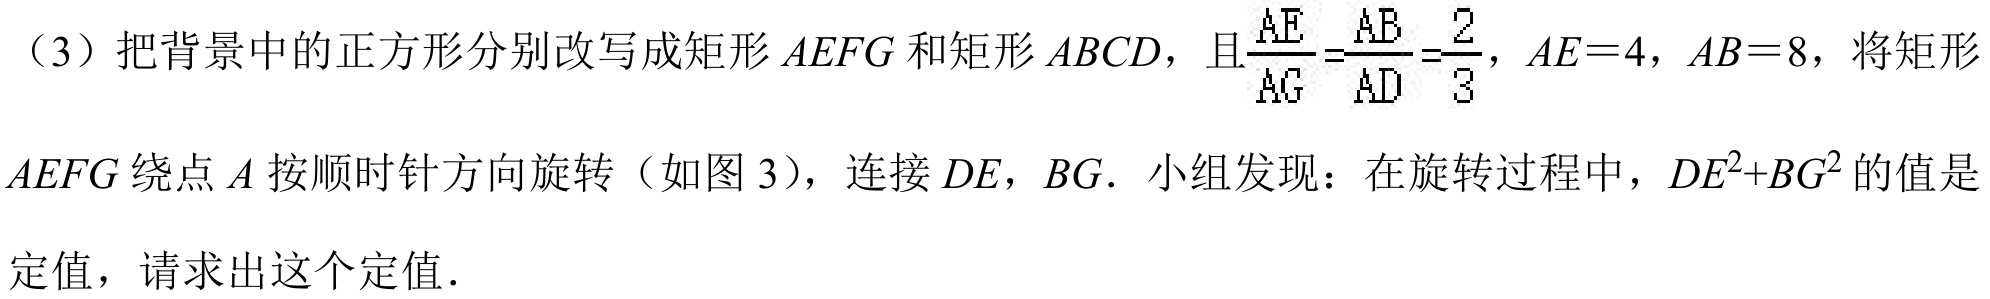
（3）把背景中的正方形分别改写成矩形 \(AEFG\) 和矩形 \(ABCD\)，且\(\frac{AE}{AG}=\frac{AB}{AD}=\frac{2}{3}\)，\(AE = 4\)，\(AB = 8\)，将矩形
\(AEFG\) 绕点 \(A\) 按顺时针方向旋转（如图 3），连接 \(DE\)，\(BG\). 小组发现：在旋转过程中，\(DE^{2}+BG^{2}\) 的值是
定值，请求出这个定值.